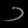
Digit: ၁